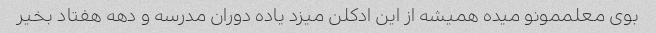
بوی معلممونو میده همیشه از این ادکلن میزد یاده دوران مدرسه و دهه هفتاد بخیر